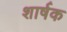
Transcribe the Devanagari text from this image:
शार्षक